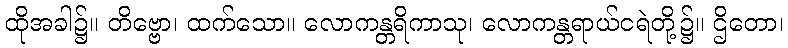
ထိုအခါ၌။ တိဗ္ဗော၊ ထက်သော။ လောကန္တရိကာသု၊ လောကန္တရာယ်ငရဲတို့၌။ ဌိတော၊